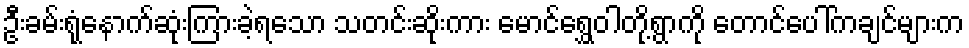
ဦးခမ်းရုံနောက်ဆုံးကြားခဲ့ရသော သတင်းဆိုးကား မောင်ရွှေဝါတို့ရွာကို တောင်ပေါ်ကချင်များက